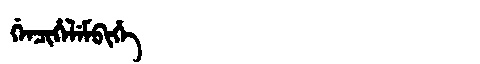
Manchu: ᡤᡝᠨᠴᡳᡥᡝᠯᡝᠮᠪᡳᡥᡝ
Romanization: GENCIHELEMBIHE